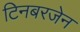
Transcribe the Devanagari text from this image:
टिनबरजेन